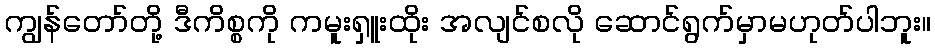
ကျွန်တော်တို့ ဒီကိစ္စကို ကမူးရှူးထိုး အလျင်စလို ဆောင်ရွက်မှာမဟုတ်ပါဘူး။